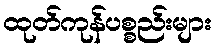
ထုတ်ကုန်ပစ္စည်းများ